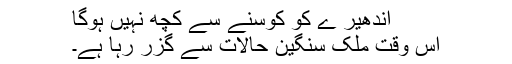
اَندھیر ے کو کوسنے سے کچھ نہیں ہوگا
اس وقت ملک سنگین حالات سے گزر رہا ہے۔